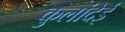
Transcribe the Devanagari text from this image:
कुलांदेई